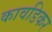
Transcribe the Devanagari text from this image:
कावडिकर